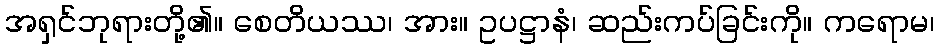
အရှင်ဘုရားတို့၏။ စေတိယဿ၊ အား။ ဥပဋ္ဌာနံ၊ ဆည်းကပ်ခြင်းကို။ ကရောမ၊